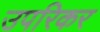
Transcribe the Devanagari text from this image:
उपरिकर